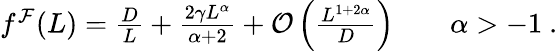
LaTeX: \begin{array}{r}{f^{\mathcal{F}}(L)=\frac{D}{L}+\frac{2\gamma L^{\alpha}}{\alpha+2}+\mathcal{O}\left(\frac{L^{1+2\alpha}}{D}\right)\qquad\alpha>-1\ .}\end{array}